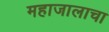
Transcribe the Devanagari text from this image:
महाजालाचा